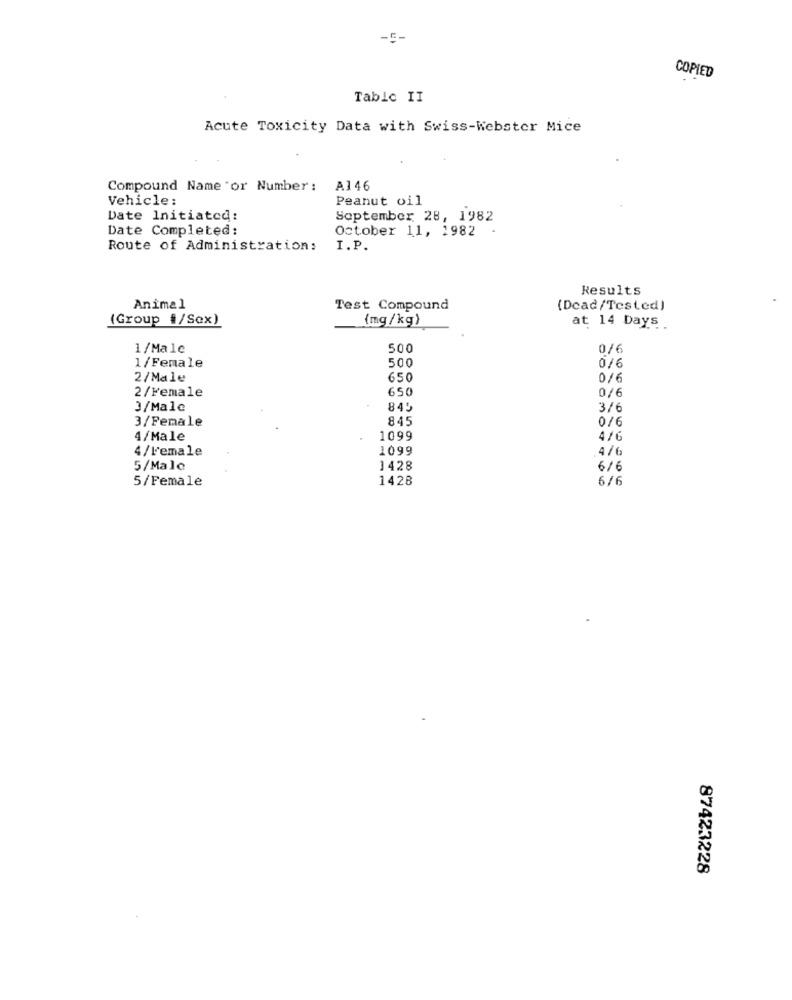
COPIED
Tablo II
Acute Toxicity Data with Swiss-Webster Mice
Compound Name "or Number :
A146
Vehicle:
Peanut oil
Date Initiateq:
September 28, 1982
Date Completed:
October 11, 1982
Route of Administration:
I.P.
Results
Animal
Test Compound
(Dead/Tested)
(Group #/Sex)
{mg/kg)
at 14 Days.
1/Male
500
0/6
1/Female
500
0/6
2/Male
650
0/6
2/Female
650
0/6
3/Male
845
3/6
3/Female
84.
4/Male
1099
4 /6
4/l'emale
1099
4/6
5/Male
1428
6/6
5/Female
1428
6/6
87423228